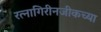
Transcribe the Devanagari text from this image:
रत्नागिरीनजीकच्या